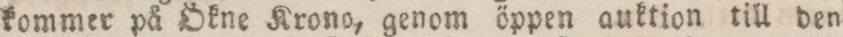
kommer på Ökne Krono, genom öppen auktion till den